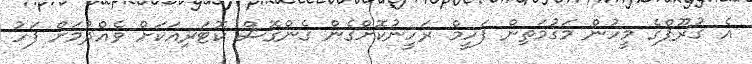
އެ ގުރޫޕްގެ މީހުން މަގުމަތިން ފަހީމް ރަހީނުކޮށްގެން ގެންގޮސް ކޮޓަރިއަކަށް ވެއްދުމަށް ފަހު